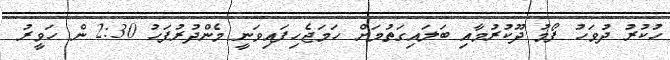
ހުކުރު ދުވަހު ފޯމު ދޫކުރުމާއި ބަލައިގަތުމަށް ހަމަޖެހިފައިވަނީ މެންދުރުފަހު 2:30 ން ހަވީރު